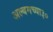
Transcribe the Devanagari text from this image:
अल्बमच्या३०